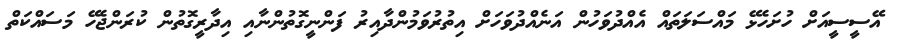
އޭސީސީއަށް ހުށަހެޅޭ މައްސަލަތައް އެއްދުވަހުން އަނެއްދުވަހަށް އިތުރުވަމުންދާއިރު ފަންނީގޮތުންނާއި އިދާރީގޮތުން ކުރަންޖެހޭ މަސައްކަތް